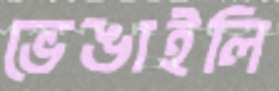
ভেঙাইলি